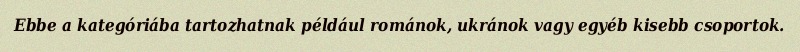
Ebbe a kategóriába tartozhatnak például románok, ukránok vagy egyéb kisebb csoportok.